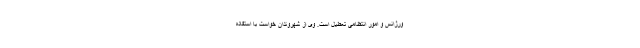
ورژانس و امور انتظامی تعطیل است. وی از شهروندان خواست با استفاده